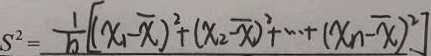
S ^ { 2 } = \frac { 1 } { b } [ ( x _ { 1 } - \overline { x } ) ^ { 2 } + ( x _ { 2 } - \overline { x } ) ^ { 2 } + \cdots + ( x _ { n } - \overline { x } ) ^ { 2 } ) ]